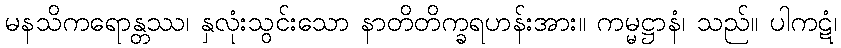
မနသိကရောန္တဿ၊ နှလုံးသွင်းသော နာတိတိက္ခရဟန်းအား။ ကမ္မဋ္ဌာနံ၊ သည်။ ပါကဋံ၊